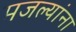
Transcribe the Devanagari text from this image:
मजल्यांना